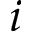
i